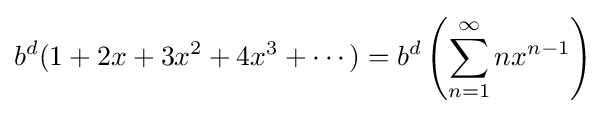
b^{d}(1+2x+3x^{2}+4x^{3}+\cdots )=b^{d}\left(\sum _{n=1}^{\infty }nx^{n-1}\right)